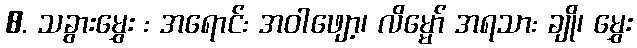
8. သခွားမွှေး : အရောင်: အဝါဖျော့၊ လိမ္မော် အရသာ: ချို၊ မွှေး